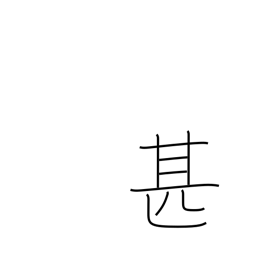
Meaning: very